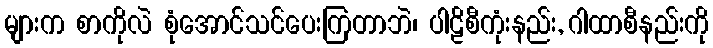
များက စာကိုလဲ စုံအောင်သင်ပေးကြတာဘဲ၊ ပါဠိစီကုံးနည်း, ဂါထာစီနည်းကို